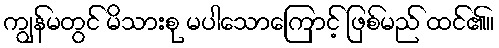
ကျွန်မတွင် မိသားစု မပါသောကြောင့် ဖြစ်မည် ထင်၏။